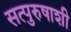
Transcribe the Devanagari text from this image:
सत्पुरुषाशी